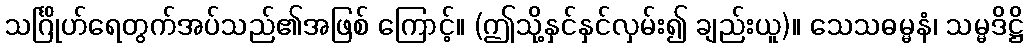
သင်္ဂြိုဟ်ရေတွက်အပ်သည်၏အဖြစ် ကြောင့်။ (ဤသို့နှင်နှင်လှမ်း၍ ချည်းယူ)။ သေသဓမ္မနံ၊ သမ္မဒိဋ္ဌိ